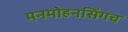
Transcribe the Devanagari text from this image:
मनमोहनसिंगच